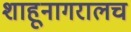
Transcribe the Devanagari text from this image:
शाहूनागरालच